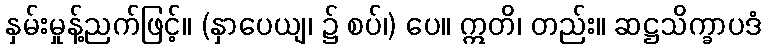
နှမ်းမှုန့်ညက်ဖြင့်။ (နှာပေယျ၊ ၌ စပ်၊) ပေ။ ဣတိ၊ တည်း။ ဆဋ္ဌသိက္ခာပဒံ